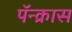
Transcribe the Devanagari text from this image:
पॅन्क्रास